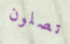
تصلون